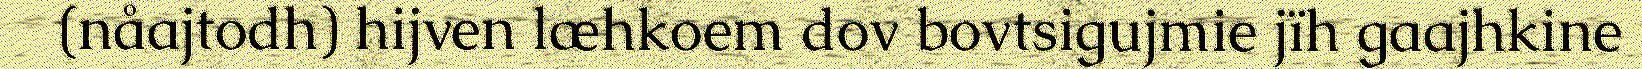
(nåajtodh) hijven læhkoem dov bovtsigujmie jïh gaajhkine